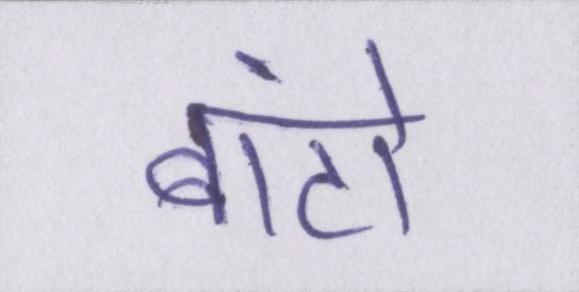
बांटो